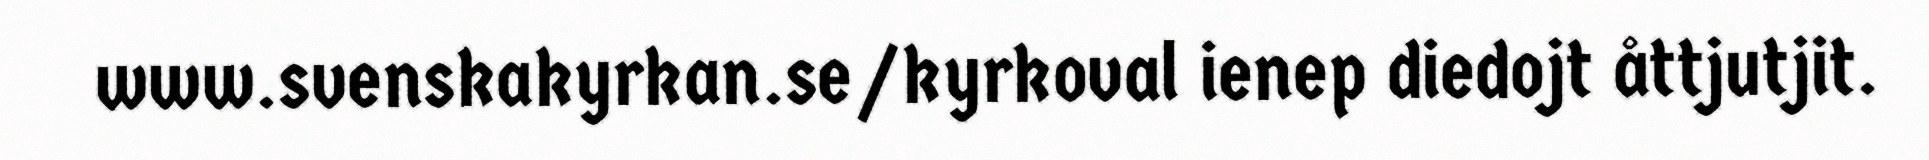
www.svenskakyrkan.se/kyrkoval ienep diedojt åttjutjit.